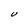
Character: U